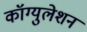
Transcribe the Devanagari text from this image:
कॉग्युलेशन